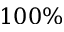
1 0 0 \%